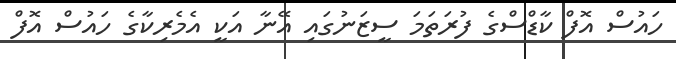
ހައުސް އޮފް ކާޑްސްގެ ފުރަތަމަ ސީޒަނުގައި އޭނާ އަކީ އެމެރިކާގެ ހައުސް އޮފް